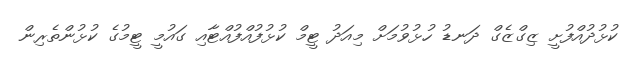
ކުޅުދުއްފުށީ ޒިގްޒެގް ދަނޑު ހުޅުވުމަށް މިއަދު ޓީމް ކުޅުފުއްފުއްޓާއި ގައުމީ ޓީމުގެ ކުޅުންތެރިން